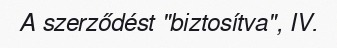
A szerződést "biztosítva", IV.